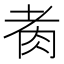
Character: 𦙩